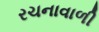
રચનાવાળી